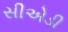
સીએડી